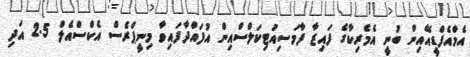
އެމްއެފްޑީއޭއިން ބުނީ އެމެރިކާގެ ފައިޒާ ފާމަސިއުޓިކަލްސްއިން އުފައްދާފައިވާ މިނީޕްރެސް އެކްސްއެލް 2.5 އަދި